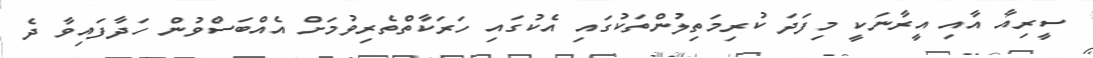
ސީރިއާ އާއި އީރާނަކީ މިފަދަ ކުރިމަތިލުންތަކުގައި އެކުގައި ހަރަކާތްތެރިވުމަށް އެއްބަސްވުން ހަދާފައިވާ ދެ